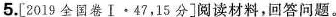
5.[2019全国卷Ⅰ·47，15分]阅读材料，回答问题。